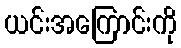
ယင်းအကြောင်းကို